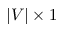
| V | \times 1